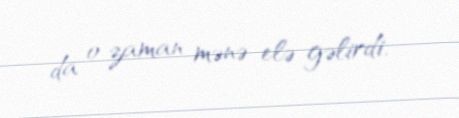
da o zaman mənə elə gəlirdi.